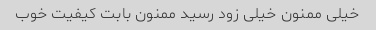
خیلی ممنون خیلی زود رسید ممنون بابت کیفیت خوب